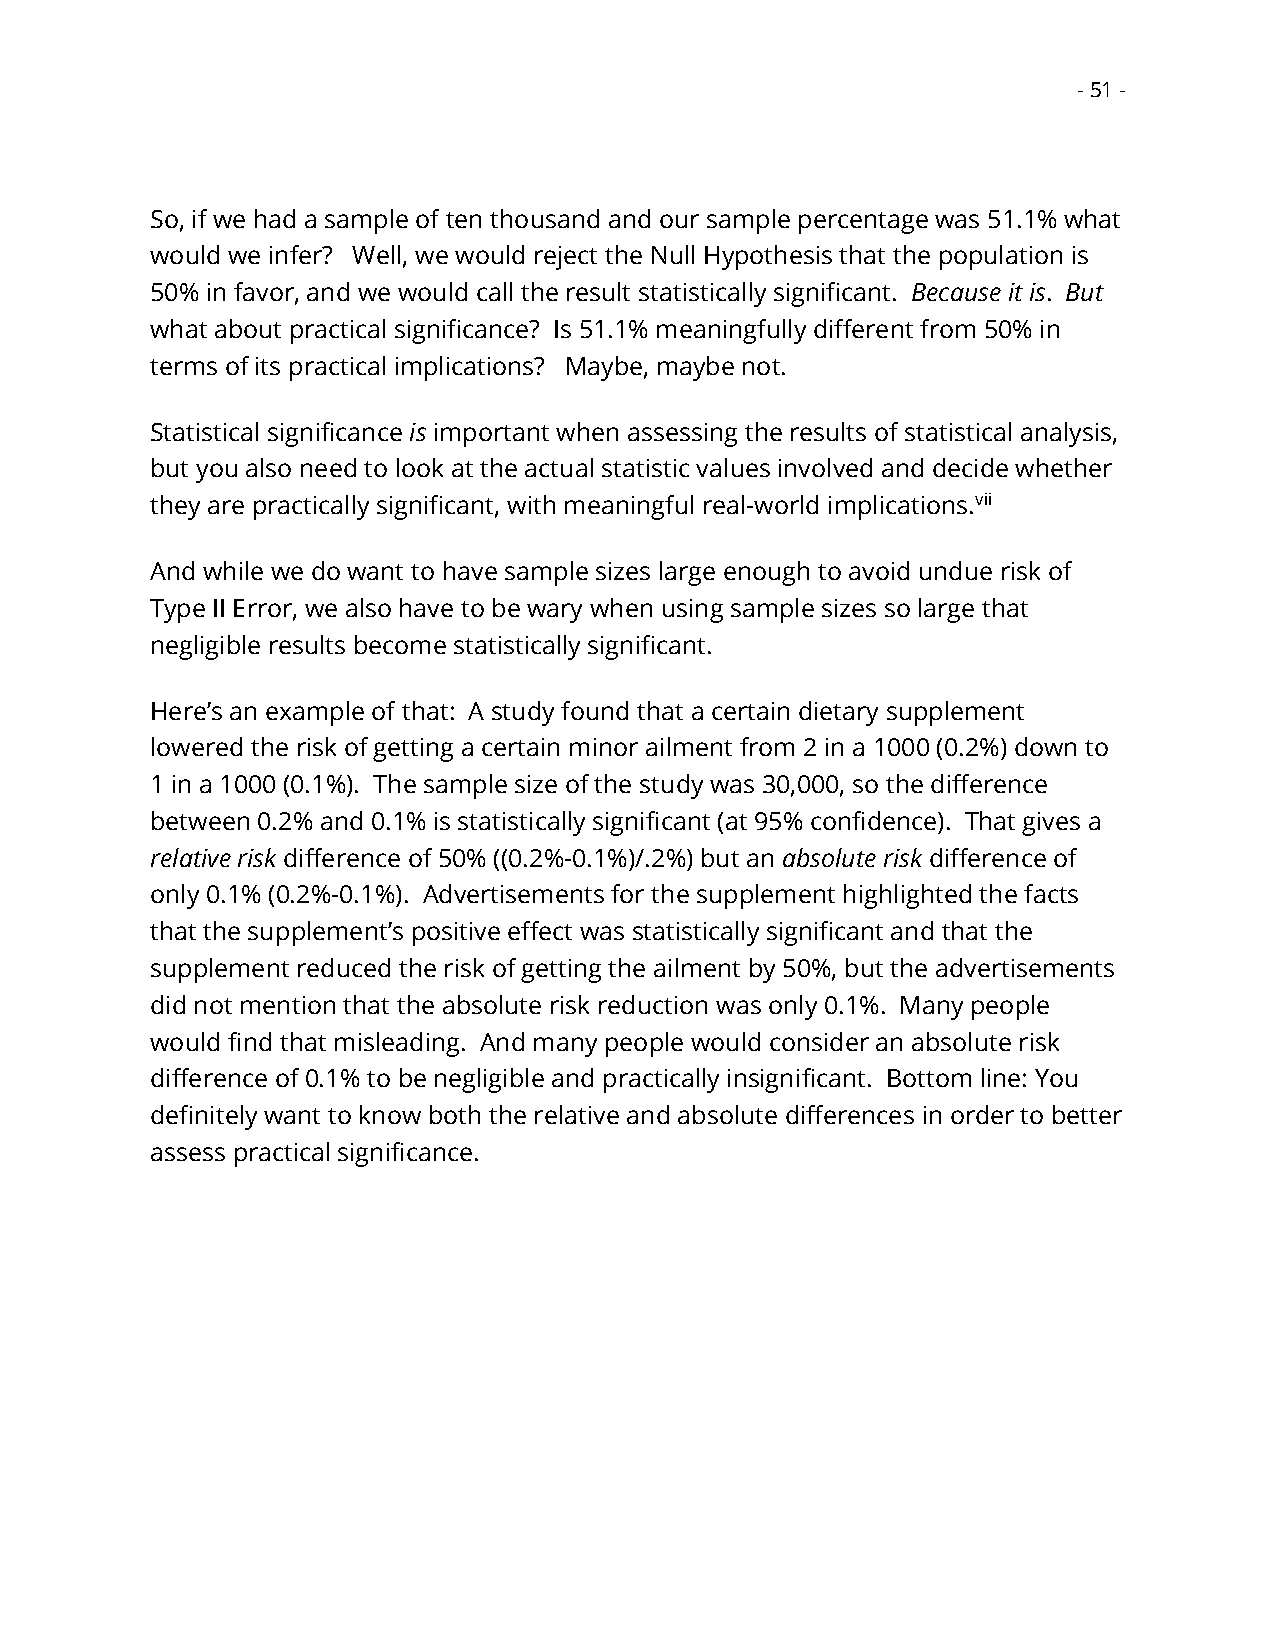
- 51 -
 So, if we had a sample of ten thousand and our sample percentage was 51.1% what
 would we infer? Well, we would reject the Null Hypothesis that the population is
 50% in favor, and we would call the result statistically significant. Because it is. But
 what about practical significance? Is 51.1% meaningfully different from 50% in
 terms of its practical implications? Maybe, maybe not.
 Statistical significance is important when assessing the results of statistical analysis,
 but you also need to look at the actual statistic values involved and decide whether
 they are practically significant, with meaningful real-world implications.vii
 And while we do want to have sample sizes large enough to avoid undue risk of
 Type II Error, we also have to be wary when using sample sizes so large that
 negligible results become statistically significant.
 Here’s an example of that: A study found that a certain dietary supplement
 lowered the risk of getting a certain minor ailment from 2 in a 1000 (0.2%) down to
 1 in a 1000 (0.1%). The sample size of the study was 30,000, so the difference
 between 0.2% and 0.1% is statistically significant (at 95% confidence). That gives a
 relative risk difference of 50% ((0.2%-0.1%)/.2%) but an absolute risk difference of
 only 0.1% (0.2%-0.1%). Advertisements for the supplement highlighted the facts
 that the supplement’s positive effect was statistically significant and that the
 supplement reduced the risk of getting the ailment by 50%, but the advertisements
 did not mention that the absolute risk reduction was only 0.1%. Many people
 would find that misleading. And many people would consider an absolute risk
 difference of 0.1% to be negligible and practically insignificant. Bottom line: You
 definitely want to know both the relative and absolute differences in order to better
 assess practical significance.